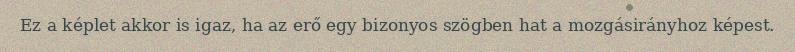
Ez a képlet akkor is igaz, ha az erő egy bizonyos szögben hat a mozgásirányhoz képest.